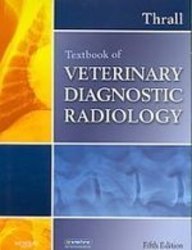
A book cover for Textbook of Veterinary Diagnostic Radiology: With VETERINARY CONSULT Access, 5e; Donald E. Thrall DVM  PhD  DACVR; Medical Books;